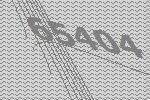
65404